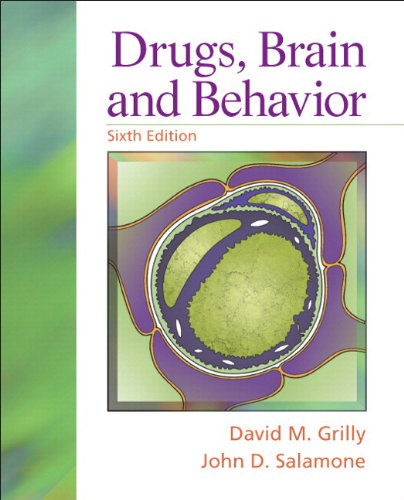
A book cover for Drugs, Brain, and Behavior Plus MySearchLab with eText -- Access Card Package (6th Edition); David M. Grilly; Medical Books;